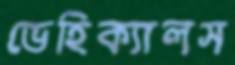
ভেহিক্যালস